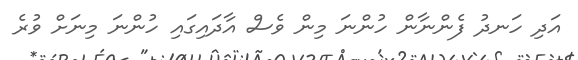
އަދި ހަނދު ފެންނާން ހުންނަ މިން ވެސް އާދައިގައި ހުންނަ މިނަށް ވުރެ